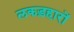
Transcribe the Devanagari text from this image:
लकड़हारों